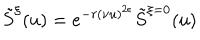
\tilde { S } ^ { \xi } ( u ) = e ^ { - r ( \nu u ) ^ { 2 \epsilon } } \tilde { S } ^ { \xi = 0 } ( u )